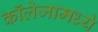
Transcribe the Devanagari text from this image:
कॉलेजामध्ये